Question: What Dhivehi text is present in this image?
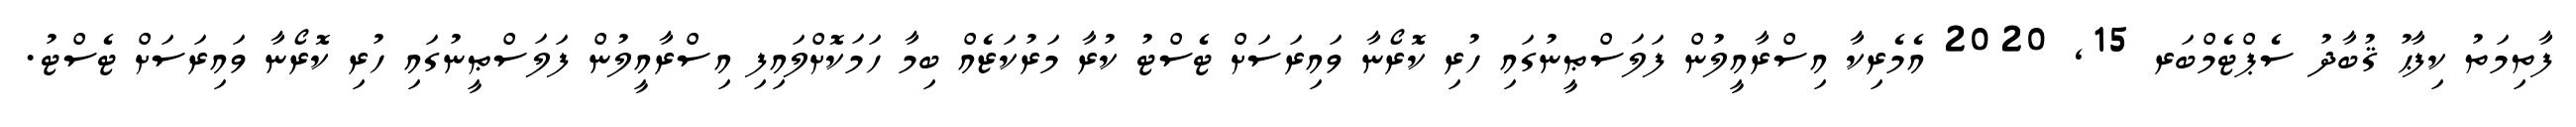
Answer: ފާތިމަތު ކިފާޙު ޤުބާދު ސެޕްޓެމްބަރ 15, 2020 އެމެރިކާ އިސްރާއީލުން ފަލަސްޠީނުގައި ހުރި ކޮރޯނާ ވައިރަސަށް ޓެސްޓު ކުރާ މަރުކަޒެއް ބިމާ ހަމަކޮށްލައިފި އިސްރާއީލުން ފަލަސްޠީނުގައި ހުރި ކޮރޯނާ ވައިރަސަށް ޓެސްޓު.